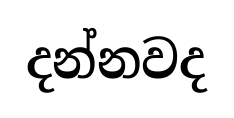
දන්නවද